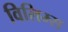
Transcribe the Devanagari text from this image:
विलिम्स